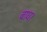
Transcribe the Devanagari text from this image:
बाध।